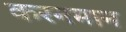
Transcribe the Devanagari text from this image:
करनमान